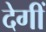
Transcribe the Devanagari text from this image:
देगीं